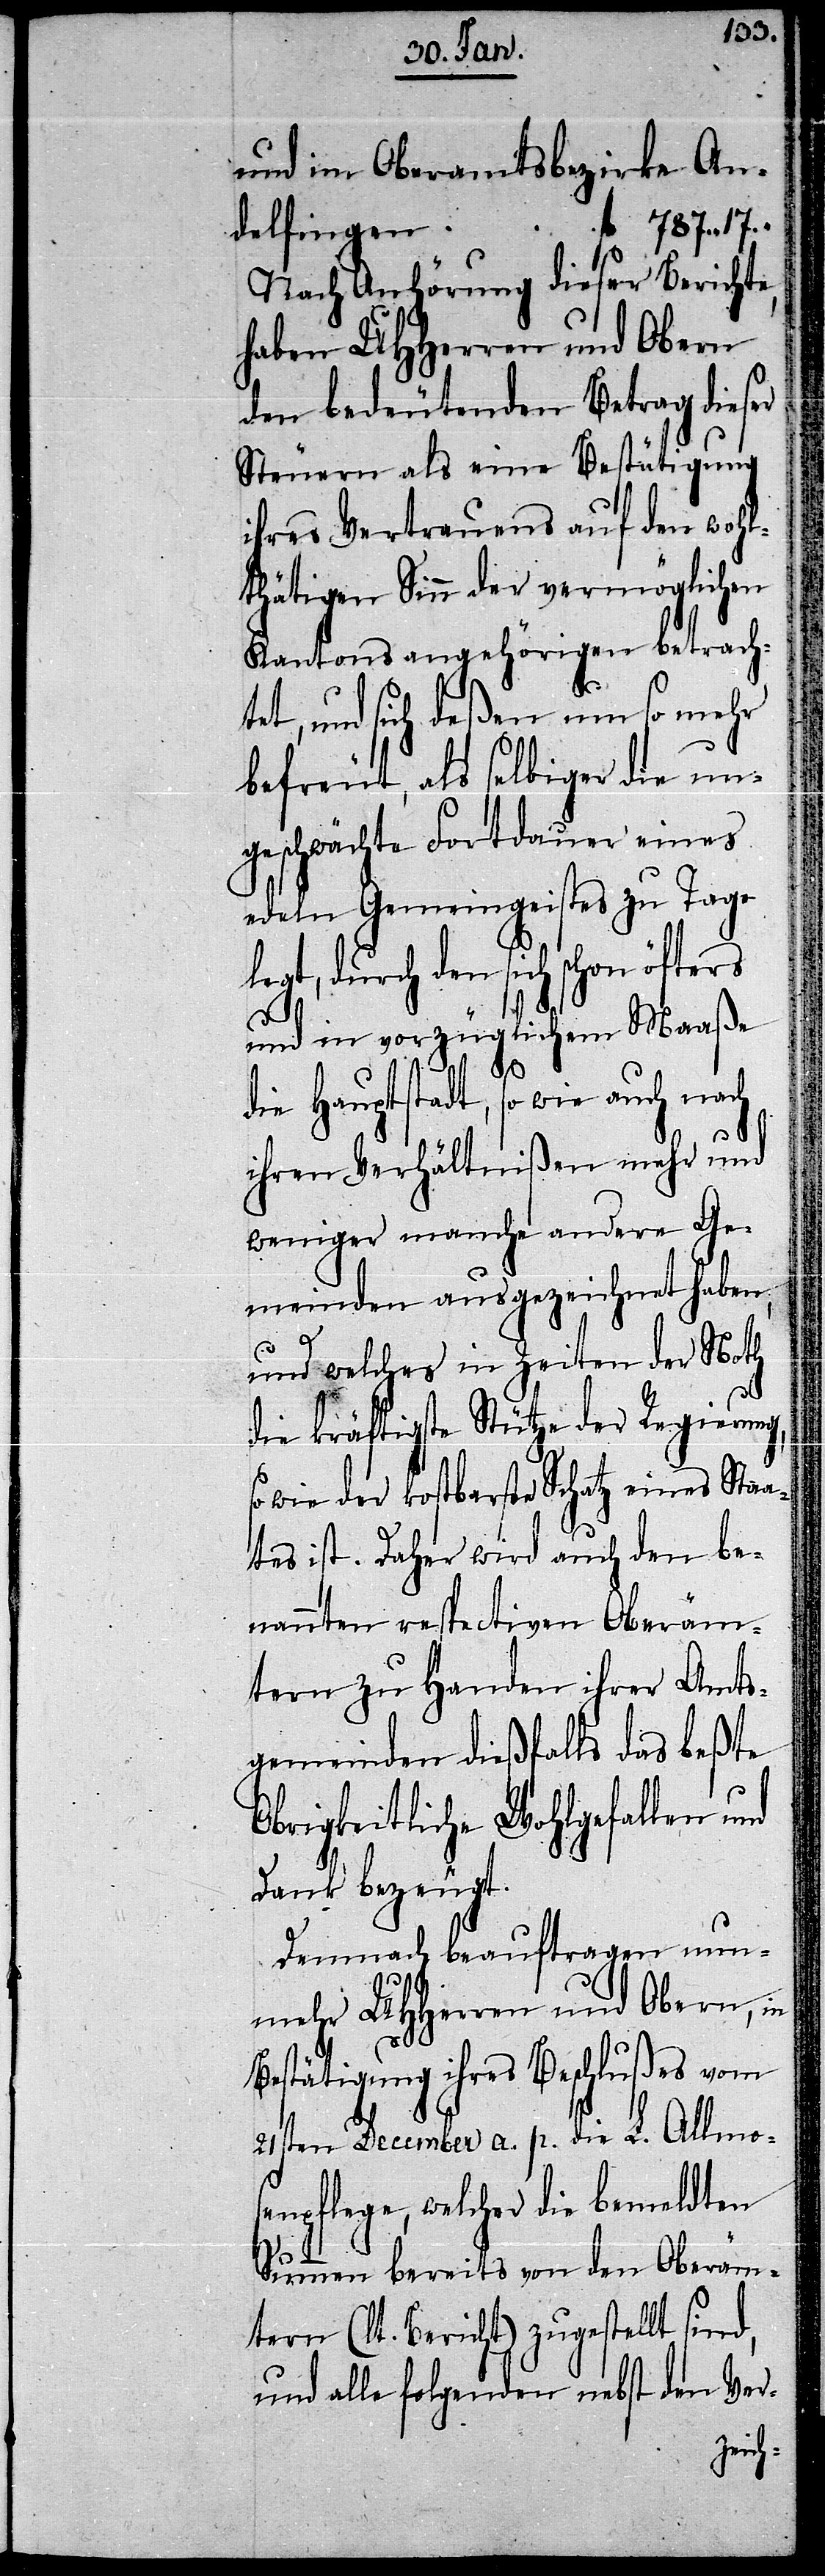
und im Oberamtsbezirke An¬
delfingen
Nach Anhörung dieser Berichte,
haben UHHerren und Obern
den bedeutenden Betrag dieser
Steuern als eine Bestätigung
ihres Vertrauens auf den wohl¬
thätigen Sinn der vermöglichen
Kantonsangehörigen betracht¬
et, und sich deßen um so mehr
befreut, als selbiger die un¬
geschwächte Fortdauer eines
edeln Gemeingeistes zu Tage
egt, durch den sich schon öfters
und in vorzüglichem Maaße
ng,
die Hauptstadt, so wie auch nach
ihren Verhältnißen mehr und
weniger manche andere Ge¬
meinden ausgezeichnet haben,
und welches in Zeiten der Noth
die kräftigste Stütze der Regieru¬
so wie der kostbarste Schatz eines Staa¬
tes ist. Daher wird auch den be¬
nannten respectiven Oberäm¬
tern zu Handen ihrer Amts¬
gemeinden dießfalls das beßte
Obrigkeitliche Wohlgefallen und
Dank bezeugt.
Demnach beauftragen nun¬
mehr UHHerren und Obern, in
Bestätigung ihres Beschlußes vom
21sten December a. p. die L. Allmo¬
senpflege, welcher die bemeldten
Summen bereits von den Oberäm¬
tern (lt. Bericht) zugestellt sind,
und alle folgenden nebst den Ver-